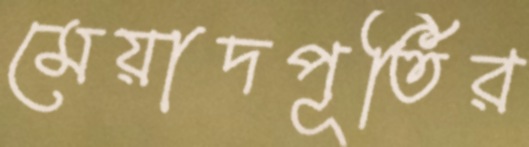
মেয়াদপূর্তির